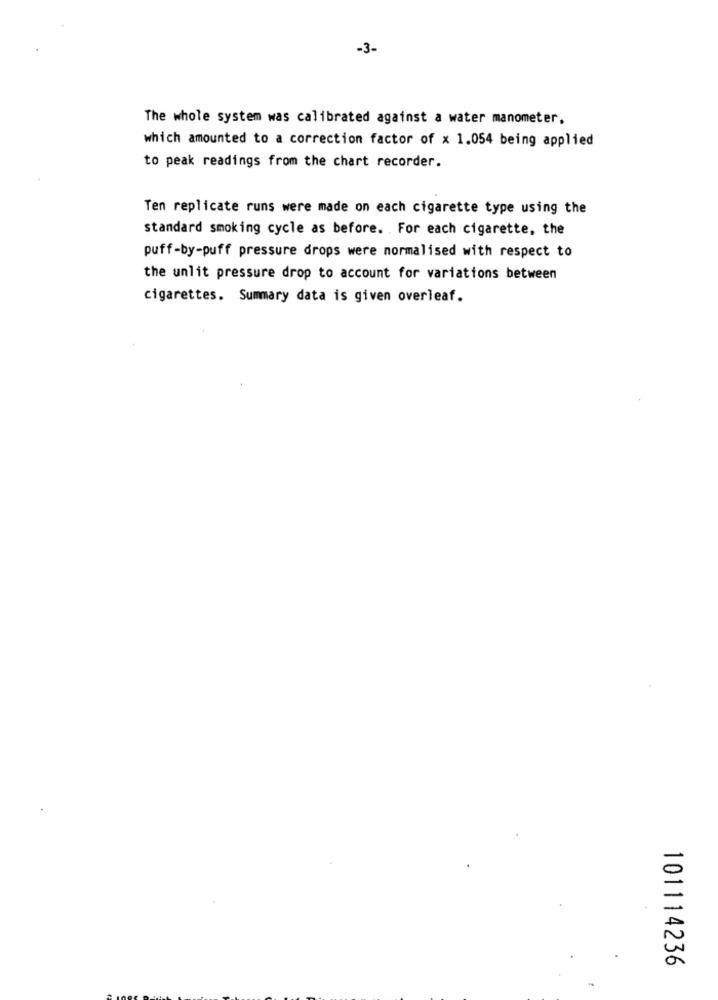
-3-
The whole system was calibrated against a water manometer,
which amounted to a correction factor of x 1.054 being applied
to peak readings from the chart recorder.
Ten replicate runs were made on each cigarette type using the
standard smoking cycle as before. For each cigarette, the
puff-by-puff pressure drops were normalised with respect to
the unlit pressure drop to account for variations between
cigarettes. Summary data is given overleaf.
101114236